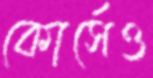
কোর্সেও